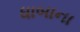
ધાબાના